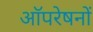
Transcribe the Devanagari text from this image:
आॅपरेषनों